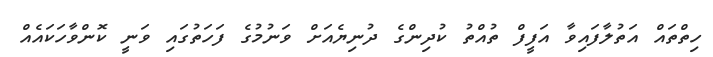
ހިތްތައް އަތުލާފައިވާ އަފީފް ތުއްތު ކުދިންގެ ދުނިޔެއަށް ވަނުމުގެ ފަހަތުގައި ވަނީ ކޮންވާހަކައެއް